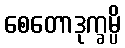
စေတောဒုက္ခမ္ပိ